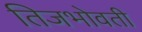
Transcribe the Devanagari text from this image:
तिजभोवती